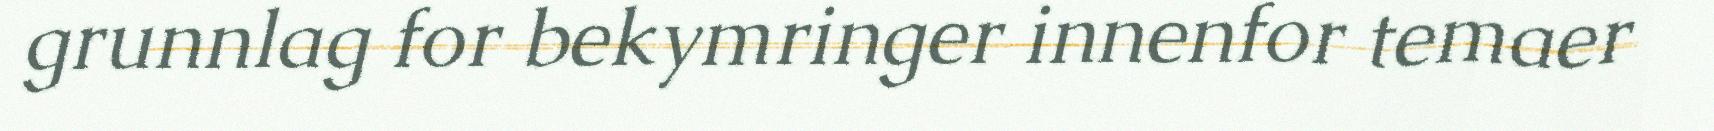
grunnlag for bekymringer innenfor temaer